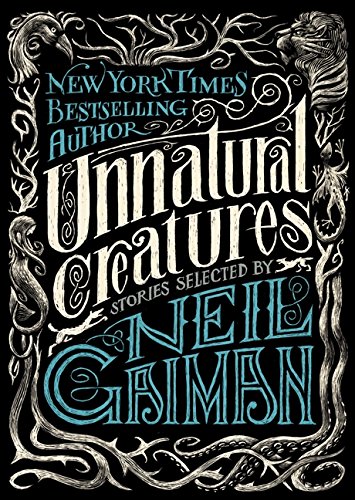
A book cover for Unnatural Creatures: Stories Selected by Neil Gaiman; Teen & Young Adult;